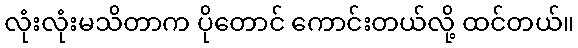
လုံးလုံးမသိတာက ပိုတောင် ကောင်းတယ်လို့ ထင်တယ်။